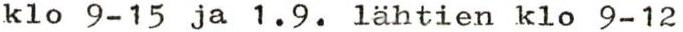
klo 9-15 ja 1.9. lähtien klo 9-12